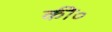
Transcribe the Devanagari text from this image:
की॰